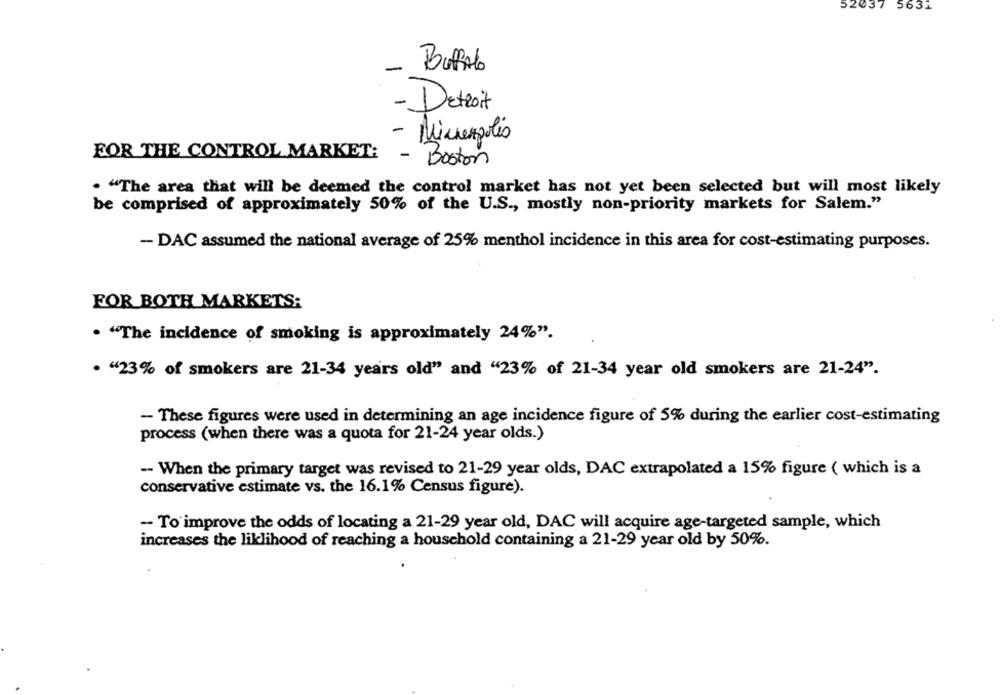
52037 5631
-
Buffalo
- Detroit
- Michespolis
FOR THE CONTROL MARKET:
- Boston
. "The area that will be deemed the control market has not yet been selected but will most likely
be comprised of approximately 50% of the U.S ., mostly non-priority markets for Salem."
- DAC assumed the national average of 25% menthol incidence in this area for cost-estimating purposes.
FOR BOTH MARKETS:
. "The incidence of smoking is approximately 24%".
. "23% of smokers are 21-34 years old" and "23% of 21-34 year old smokers are 21-24".
- These figures were used in determining an age incidence figure of 5% during the earlier cost-estimating
process (when there was a quota for 21-24 year olds.)
-- When the primary target was revised to 21-29 year olds, DAC extrapolated a 15% figure ( which is a
conservative estimate vs. the 16.1% Census figure).
- To improve the odds of locating a 21-29 year old, DAC will acquire age-targeted sample, which
increases the liklihood of reaching a household containing a 21-29 year old by 50%.